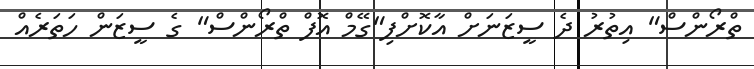
ތްރޯންސް" އިތުރު ދެ ސީޒަނަށް އާކޮށްފި"ގޭމް އޮފް ތްރޯންސް" ގެ ސީޒަން ހަތަރެއް